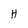
Character: H